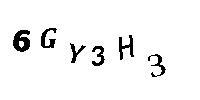
6GY3H3